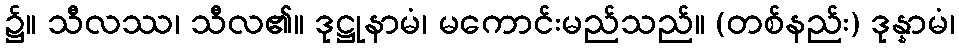
၌။ သီလဿ၊ သီလ၏။ ဒုဋ္ဌုနာမံ၊ မကောင်းမည်သည်။ (တစ်နည်း) ဒုန္နာမံ၊